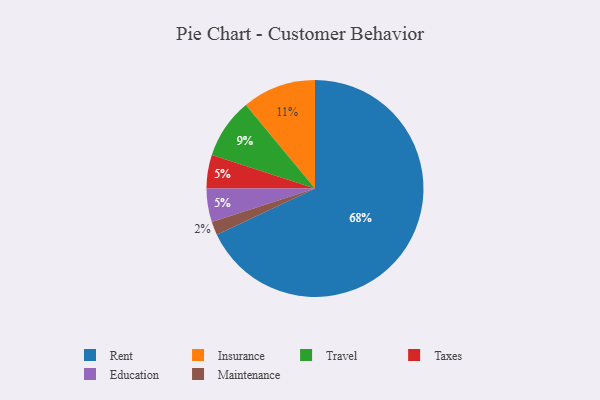
{"axis": {"x": "Category", "y": "Percentage"}, "legend": ["Education", "Insurance", "Maintenance", "Rent", "Taxes", "Travel"], "data": [{"x": "Travel", "y": 9, "type": "Travel"}, {"x": "Insurance", "y": 11, "type": "Insurance"}, {"x": "Maintenance", "y": 2, "type": "Maintenance"}, {"x": "Taxes", "y": 5, "type": "Taxes"}, {"x": "Rent", "y": 68, "type": "Rent"}, {"x": "Education", "y": 5, "type": "Education"}]}